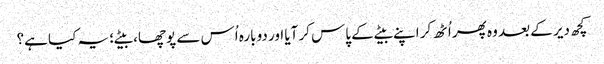
کچھ دیر کے بعد وہ پھر اُٹھ کر اپنے بیٹے کے پاس کر آیا اور دوبارہ اُس سے پوچھا، بیٹے؛ یہ کیا ہے؟